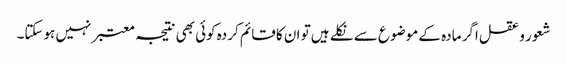
شعور و عقل اگر مادہ کے موضوع سے نکلے ہیں تو ان کا قائم کردہ کوئی بھی نتیجہ معتبر نہیں ہوسکتا۔